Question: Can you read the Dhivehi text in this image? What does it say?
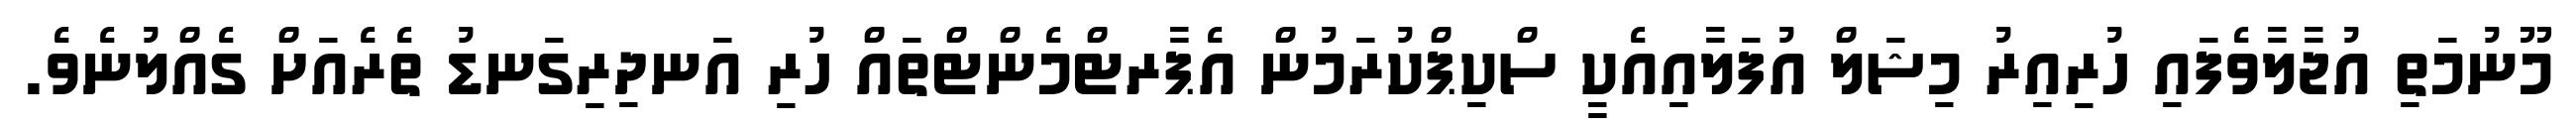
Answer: މޫނުމަތި އުޖާލާވެފައި ހުރިއިރު މިޝަލް އުފަލާއިއެކީ ސްކިޕްކުރަމުން އެޕާރޓްމެންޓްތައް ހުރި އަނދިރިގަނޑު ތެރެއަށް ގެއްލުނެވެ.